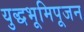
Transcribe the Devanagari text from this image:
युद्धभूमिपूजन